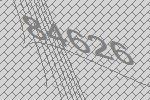
84626